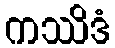
ကဿိဒံ